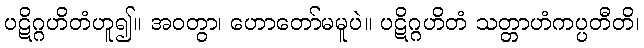
ပဋိဂ္ဂဟိတံဟူ၍။ အဝတွာ၊ ဟောတော်မမူပဲ။ ပဋိဂ္ဂဟိတံ သတ္တာဟံကပ္ပတီတိ၊